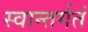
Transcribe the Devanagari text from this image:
स्वान्तर्गतं